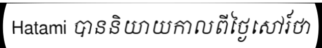
Hatami បាននិយាយកាលពីថ្ងៃសៅរ៍ថា